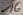
Text: 16